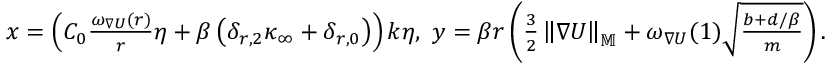
\begin{array} { r } { x = \left( C _ { 0 } \frac { \omega _ { \nabla U } ( r ) } { r } \eta + \beta \left( \delta _ { r , 2 } \kappa _ { \infty } + \delta _ { r , 0 } \right) \right) k \eta , \ y = \beta r \left( \frac { 3 } { 2 } \left\| \nabla U \right\| _ { \mathbb { M } } + \omega _ { \nabla U } ( 1 ) \sqrt { \frac { b + d / \beta } { m } } \right) . } \end{array}